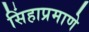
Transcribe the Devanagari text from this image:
सिंहाप्रमाणे